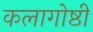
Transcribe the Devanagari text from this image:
कलागोष्ठी